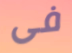
فى